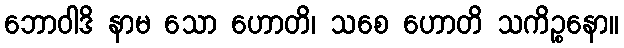
ဘောဝါဒိ နာမ သော ဟောတိ၊ သစေ ဟောတိ သကိဉ္စနော။